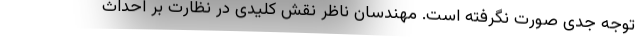
توجه جدی صورت نگرفته است. مهندسان ناظر نقش کلیدی در نظارت بر احداث